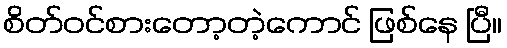
စိတ်ဝင်စားတော့တဲ့ကောင် ဖြစ်နေ ပြီ။